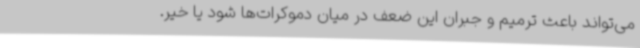
می‌تواند باعث ترمیم و جبران این ضعف در میان دموکرات‌ها شود یا خیر.